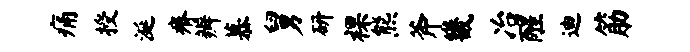
痛授涎瘠辨慕舅研裸熊斧畿冶醒迪筋